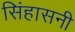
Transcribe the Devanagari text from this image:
सिंहासनी